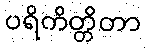
ပရိကိတ္တိတာ